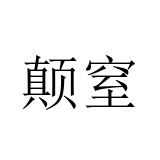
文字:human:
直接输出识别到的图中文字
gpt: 颠窒